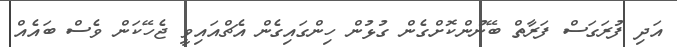
އަދި ފުރަގަސް ފަރާތް ބޭނުންކޮށްގެން ގުޅުން ހިންގައިގެން އެޗްއައިވީ ޖެހޭކަން ވެސް ބައެއް